King Institute of Preventive Medicine Bacteriolog. Section reports 1907-08
Year: 1907
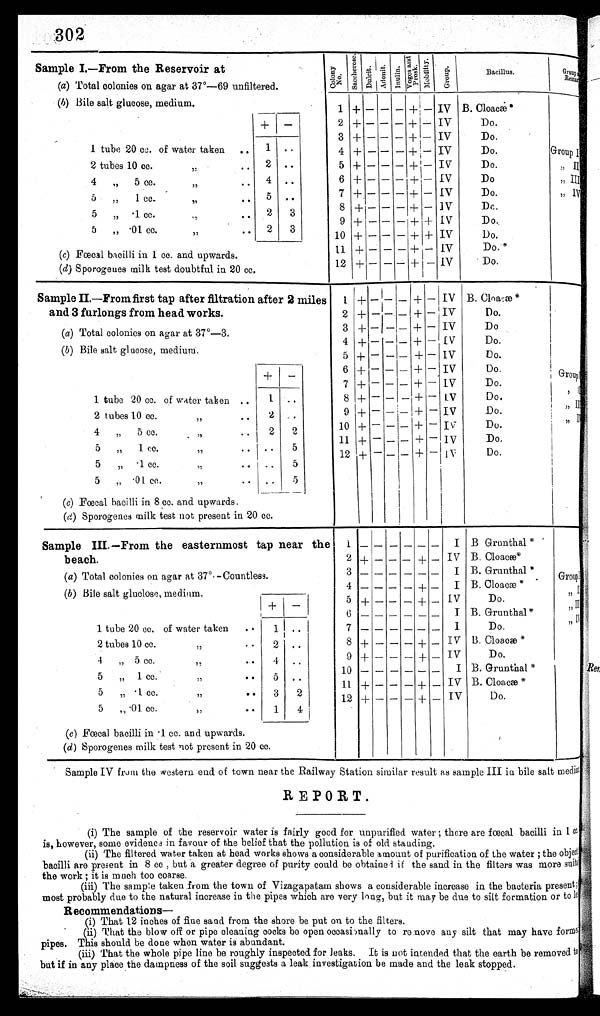
302
Sample I.—From the Reservoir at
C o l o n y
N o .
S a c c h e r o s e .
D u l c i t . A d o n i t .
I n u l i n .
Vo g e s a n d
Pr os k.
M o b i l i t y .
G r o u p .
Bacillus.
Group
a n d R e m a r k s .
(a) Total colonies on agar at 37°—69 unfiltered.
( b ) Bile salt glucose, medium.
1 + - - - + - IV B . Cl o a c æ*
+
-
2 + - - - + - IV
Do.
3 + - - - + - IV
Do.
1 tube 20 cc. of water taken ..
1 ..
4 + - - -
+ - IV
Do.
Group I
2 tubes 10 cc.
,, ....
2 ..
5 + - - -
+
- IV
Do.
,, II
4
, , 5 cc.
,, .. 4 ..
6 + - - - + - IV
Do
,, III
7 + - - - + - IV
Do.
,, IV
5
, , 1 cc.
5
,,
. .
8 + - - - + - IV
Do.
5
,,
.1 cc.
,,
.. 2 3
9 + - - - + + IV
Do.
2
3
5
.01 cc.
,,
,,
..
10 + - - - + + IV
Do.
(c) Fœcal bacilli in 1 cc. and upwards.
11 + - - - + - IV
Do.*
12 + - - - + - IV
Do.
(d) Sporogenes milk test doubtful in 20 cc.
Sample II.—From first tap after filtration after 2 miles
and 3 furlongs from head works.
1 + - - - + - IV B. Cl oacæ*
2 + - - - + - IV
Do.
3 + - - - + - IV
D o .
(a) Total colonies on agar at 37°—3.
4 + - - - + - IV
Do.
(b ) Bile salt glucose, medium.
5 + - - - + - IV
Do.
+
-
6 + - - - + - IV
Do.
Group I
7 + - - - + - IV
Do.
, II
1 tube 20 cc. of water taken ..
1
. .
8 + - - - + - IV
Do.
,, III
2
..
9
+ - - - + - IV
Do.
2 tubes 10 cc.
,,
..
, , I V
10 + - - - + -
I V
Do.
4
, ,
5 cc.
2 2
,,
..
11
+
- - - + -
I V
Do.
5
..
5
, , 1 cc.
,,
..
12 + - - - + - IV
Do.
5
. .
5 ,
. 1 c c .
,, ..
5
5
„
. 0 1
c c .
,, ..
. .
( c) Fœcal bacilli in 8 cc. and upwards.
( d ) Sporogenes milk test not present in 20 cc.
Sample III.—From the easternmost tap near the
beach.
1 - - - - - -
I B Grunthal *
2
+
-
-
- + -
I V
B. Cloacæ*
( a) Total colonies on agar at 37°—Countless.
3 - - - - - -
I B. Grunthal*
Group I
4 - - - - + -
I B. Cloacæ*
,, II
(b ) Bile salt glucose, medium.
+
-
5 + - - - + - IV
Do.
,, III
6 - - - - - -
I B. Grunthal*
,, IV
1 tube 20 cc. of water taken ..
1 ..
7 - - - - - -
I
D o .
2 tubes 10 cc.
,,
.. 2 ..
8 + - - - + - IV B. Cloacæ*
9 + - - - + - IV
Do.
4
, , 5 cc.
, , . .
4
. .
10 - - - - - -
I B. Grunthal*
5
, , 1 cc.
,,
. . 5 ..
11 + - - - + - IV B. Cloacæ*
5
, ,
. 1 c c .
, , . .
3
2
5 „ .01cc.
,,
..
1
4
12 + - - - + - IV
Do.
(c ) Fœcal bacilli in .1 cc. and upwards.
( d ) Sporogenes milk test not present in 20 cc.
Sample IV from the western end of town near the Railway Station similar result as sample III in bile salt medium.
REPORT.
(i) The sample of the reservoir water is fairly good for unpurified water; there are fœcal bacilli in 1 cc.
is, however, some evidence in favour of the belief that the pollution is of old standing.
(ii) The filtered water taken at head works shows a considerable amount of purification of the water; the object
bacilli are present in 8 cc, but a greater degree of purity could be obtained if the sand in the filters was more suits
the work; it is much too coarse.
(iii) The sample taken from the town of Vizagapatam shows a considerable increase in the bacteria present;
most probably due to the natural increase in the pipes which are very long, but it may be due to silt formation or to let
Recommendations —
(i) That 12 inches of fine sand from the shore be put on to the filters.
(ii) That the blow off or pipe cleaning cocks be open occasionally to remove any silt that may have formed
pipes. This should be done when water is abundant.
(iii) That the whole pipe line be roughly inspected for leaks. It is not intended that the earth be removed to
but if in any place the dampness of the soil suggests a leak investigation be made and the leak stopped.